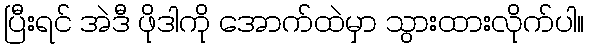
ပြီးရင် အဲဒီ ဖိုဒါကို အောက်ထဲမှာ သွားထားလိုက်ပါ။